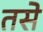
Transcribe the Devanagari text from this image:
तसेे